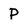
Character: P